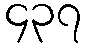
၄၃၇